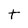
Character: t